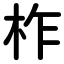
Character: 柞